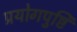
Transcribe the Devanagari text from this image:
प्रयोगपुष्टि